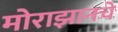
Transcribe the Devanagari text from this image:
मोराझानचे